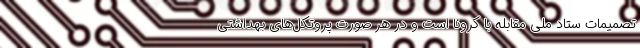
تصمیمات ستاد ملی مقابله با کرونا است و در هر صورت پروتکل‌های بهداشتی